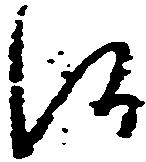
候